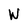
Character: W